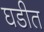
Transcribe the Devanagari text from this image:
घडीत